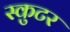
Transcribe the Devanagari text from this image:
स्कुटर